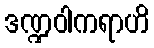
ဒဏ္ဍဝါကရာဟိ